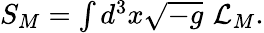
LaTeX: \begin{array}{r}{S_{M}=\int d^{3}x\sqrt{-g}\, \, \mathcal{L}_{M}.}\end{array}